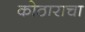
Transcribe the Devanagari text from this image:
कोठाराचा